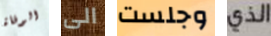
الوفاة الى وجلست الذي